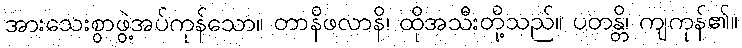
အားသေးစွာဖွဲ့အပ်ကုန်သော။ တာနိဖလာနိ၊ ထိုအသီးတို့သည်။ ပတန္တိ၊ ကျကုန်၏။